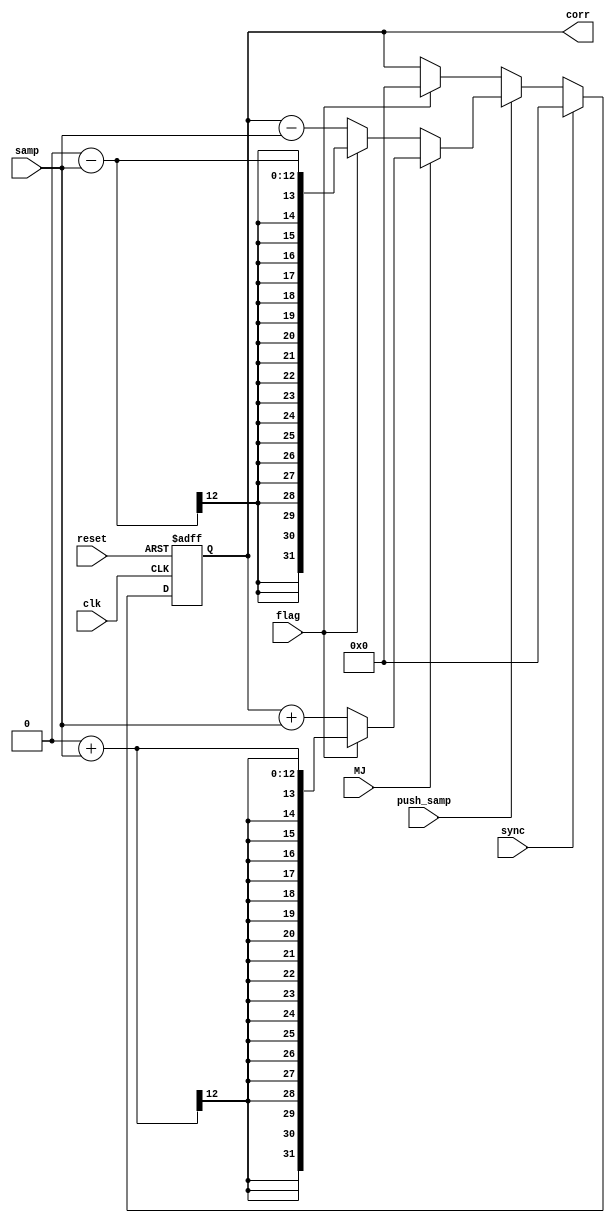
module correlator(input clk, reset, sync, push_samp, MJ, flag,input signed [11:0] samp, output signed [31:0] corr);

reg signed [31:0] corr1,corr1_d;

assign corr = corr1;


always@(*) begin
	if (sync) corr1_d = 0;
	else if (push_samp) begin
			if (MJ) begin
				if(flag != 1) corr1_d = corr1 + samp;
				else corr1_d = 0 + samp;

			end else begin
				if(flag != 1) corr1_d = corr1 - samp;
                                else corr1_d = 0 - samp;
			end
	end else begin
			if(flag != 1) corr1_d = corr1;
			else corr1_d = 0;
		end
end




always @(posedge(clk) or posedge(reset)) begin
	if (reset) begin
		corr1 <= 0;
	end else begin
		corr1 <= #1 corr1_d;
	end
end

endmodule